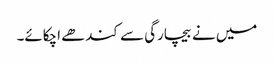
میں نے بیچارگی سے کندھے اچکائے۔